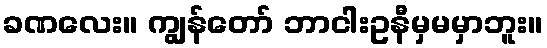
ခဏလေး။ ကျွန်တော် ဘာငါးဥနီမှမမှာဘူး။